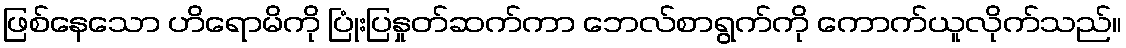
ဖြစ်နေသော ဟိရောမိကို ပြုံးပြနှုတ်ဆက်ကာ ဘေလ်စာရွက်ကို ကောက်ယူလိုက်သည်။